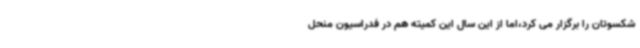
شکسوتان را برگزار می کرد،اما از این سال این کمیته هم در فدراسیون منحل